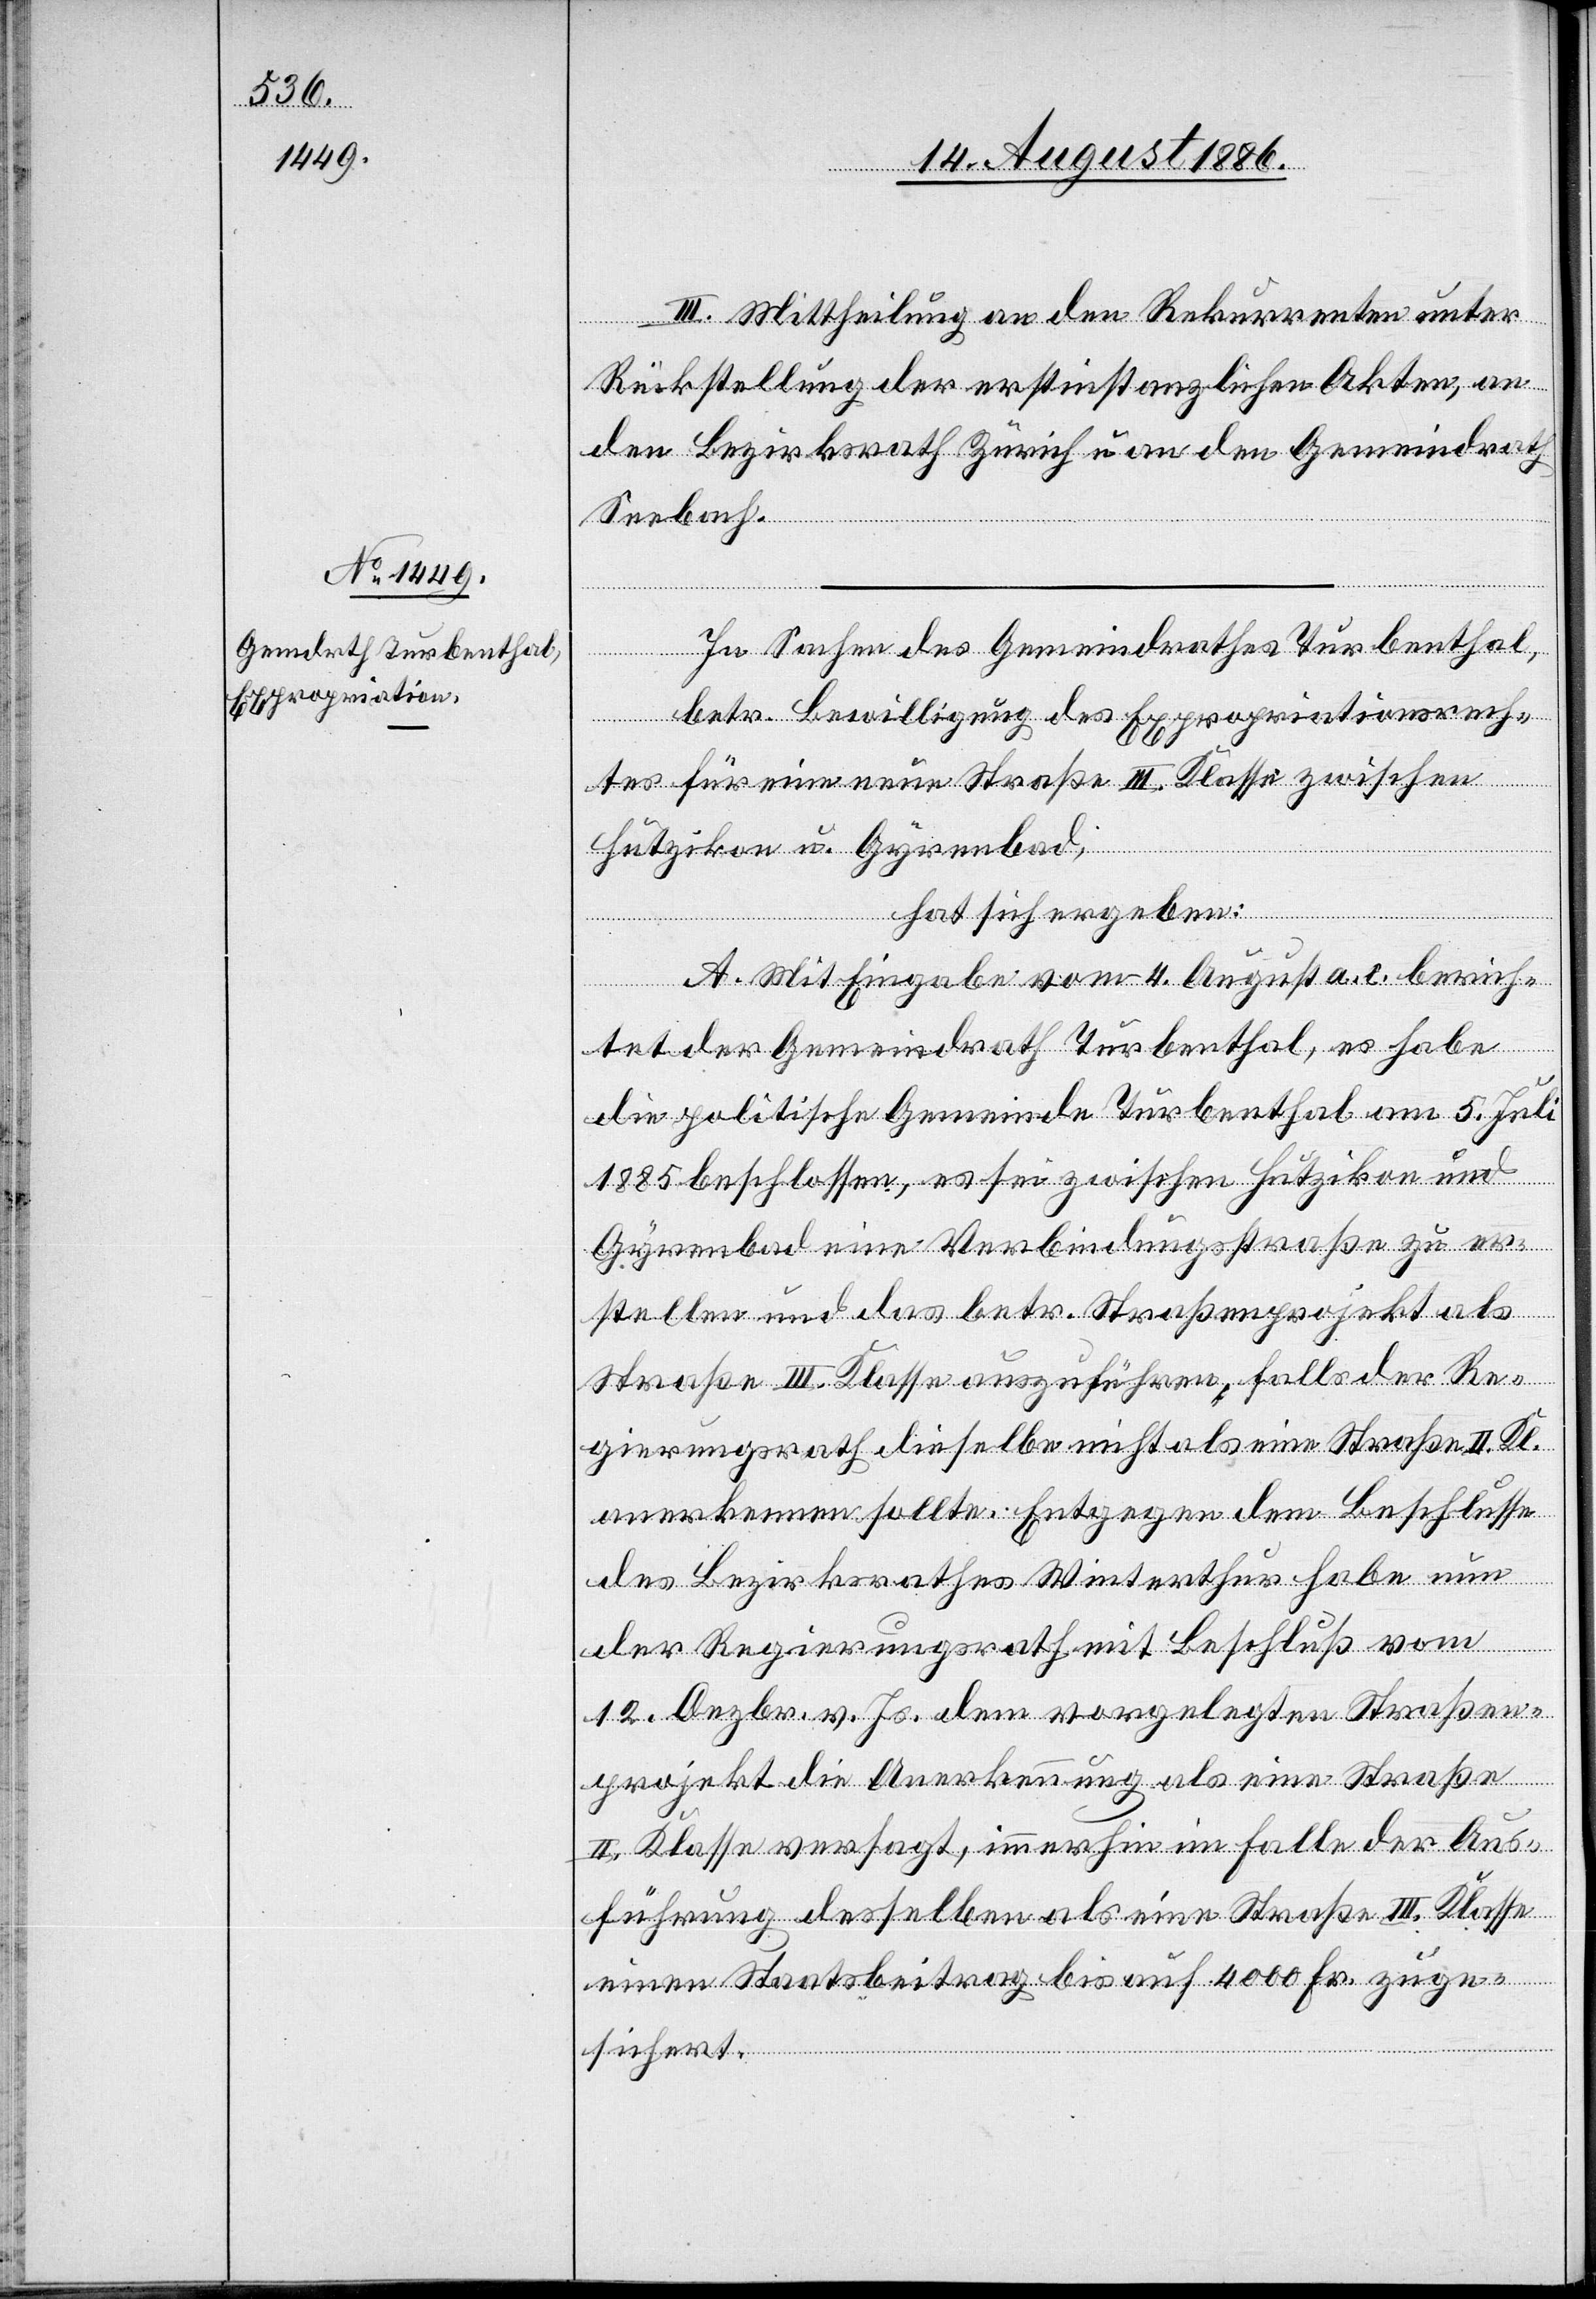
III. Mittheilung an den Rekurrenten unter
Rückstellung der erstinstanzlichen Akten, an
den Bezirksrath Zürich u. an den Gemeindrath
Seebach.
In Sachen der Gemeindrathes Turbenthal,
betr. Bewilligung des Expropriationsrech¬
tes für eine neue Straße III. Klasse zwischen
Hutzikon u. Gyrenbad,
hat sich ergeben:
A. Mit Eingabe vom 4. August a. c. berich¬
tet der Gemeindrath Turbenthal, es habe
die politische Gemeinde Turbenthal am 5. Juli
1885 beschlossen, es sei zwischen Hutzikon und
Gyrenbad eine Verbindungsstraße zu er¬
stellen und das betr. Straßenprojekt als
Straße III. Klasse auszuführen, falls der Re¬
gierungsrath dieselbe nicht als eine Straße II. Kl.
anerkennen sollte. Entgegen dem Beschlusse
des Bezirksrathes Winterthur habe nun
der Regierungsrath mit Beschluß vom
12. Dezbr. v. Js. dem vorgelegten Straßen¬
projekt die Anerkennung als eine Straße
II. Klasse versagt, immerhin im Falle der Aus¬
führung desselben als eine Straße III. Klasse
einen Staatsbeitrag bis auf 4000 Fr. zuge¬
sichert.